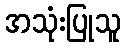
အသုံးပြုသူ